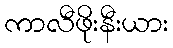
ကာလီဖိုးနီးယား